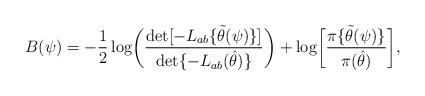
LaTeX: \begin{align*}B(\psi)=-{1\over 2}\log\biggl(\frac{\det[-L_{ab}\{\tilde\theta(\psi)\}]}{\det\{-L_{ab}(\hat\theta)\}}\biggr)+\log\biggl[\frac{\pi\{\tilde\theta(\psi)\}}{\pi(\hat\theta)}\biggr],\end{align*}